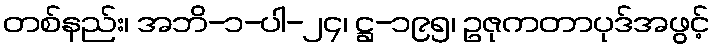
တစ်နည်း၊ အဘိ-၁-ပါ-၂၄၊ ဋ္ဌ-၁၉၅၊ ဥဇုကတာပုဒ်အဖွင့်